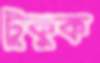
টুকুক